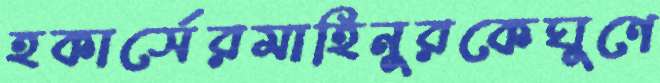
হকার্সেরমাহিনুরকেঘুণে